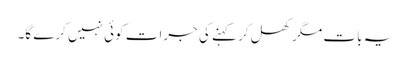
یہ بات مگر کھل کر کہنے کی جرات کوئی نہیں کرے گا۔